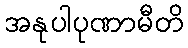
အနုပါပုဏာမီတိ